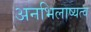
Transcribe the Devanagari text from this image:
अनभिलाष्यत्व